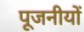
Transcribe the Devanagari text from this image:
पूजनीयों